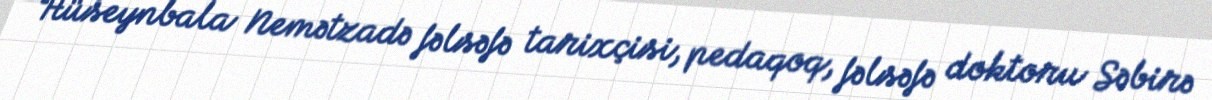
Hüseynbala Nemətzadə fəlsəfə tarixçisi, pedaqoq, fəlsəfə doktoru Səbirə